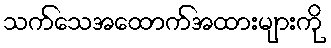
သက်သေအထောက်အထားများကို